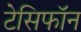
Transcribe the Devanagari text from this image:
टेसिफॉन